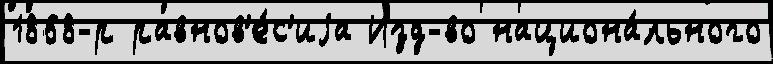
1868-р равнов'е́с'иjа Изд-во национа́льного